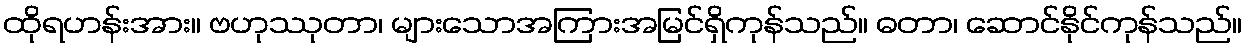
ထိုရဟန်းအား။ ဗဟုဿုတာ၊ များသောအကြားအမြင်ရှိကုန်သည်။ ဓတာ၊ ဆောင်နိုင်ကုန်သည်။